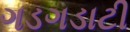
ગડગડાટી